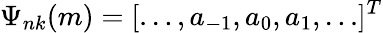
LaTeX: \Psi_{nk}(m)=[\ldots,a_{-1},a_{0},a_{1},\ldots]^{T}